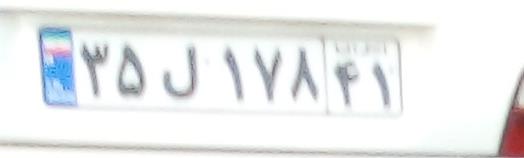
۳۵ل۱۷۸۴۱